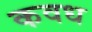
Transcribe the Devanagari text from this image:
कवध